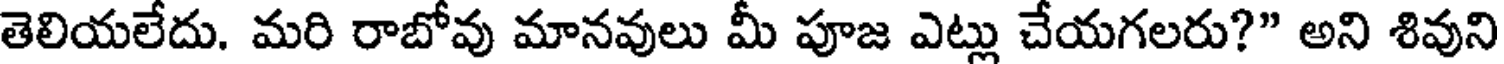
తెలియలేదు. మరి రాబోవు మానవులు మీ పూజ ఎట్లు చేయగలరు?" అని శివుని